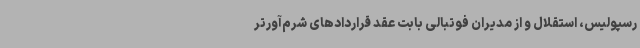
رسپولیس، استقلال و از مدیران فوتبالی بابت عقد قراردادهای شرم‌آورتر